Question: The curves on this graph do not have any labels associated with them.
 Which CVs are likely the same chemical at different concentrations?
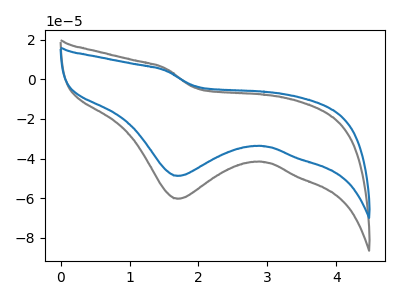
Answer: <think>The gray curve "gray" has a cathodic peak at: (1.70V, -60.35uA). The blue curve "blue" has a cathodic peak at: (1.70V, -48.80uA).
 All the peaks in "gray" have a peak in "blue" at the same potential. Every peak in "gray" is higher than every peak in "blue".</think>
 <answer>"blue" and "gray" have the same shape and are likely CV's of the same chemical.</answer>
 <eval>"blue" "gray"</eval>